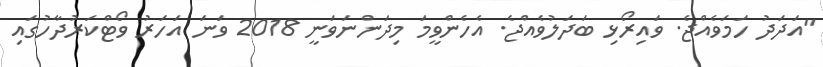
"އަދަދު ހަމަވެއްޖެ. ވައިރޯޅި ބަދަލުވެއްޖެ. އެހެންވީމަ މިދަންނަވަނީ 2018 ވަނަ އަހަރު ވޯޓްކަރުދާހުގައި